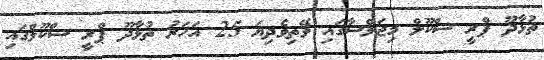
ތުޅާދޫ ޕްރީ ސްކޫލް މިޖަލްސާގައި ވޭތިވެދިޔަ 25 އަހަރު ތުޅާދޫ ޕްރީ ސްކޫލްގައި